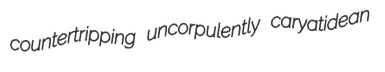
countertripping uncorpulently caryatidean